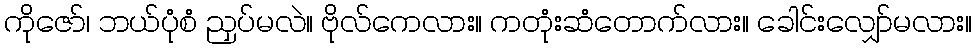
ကိုဇော်၊ ဘယ်ပုံစံ ညှပ်မလဲ။ ဗိုလ်ကေလား။ ကတုံးဆံတောက်လား။ ခေါင်းလျှော်မလား။